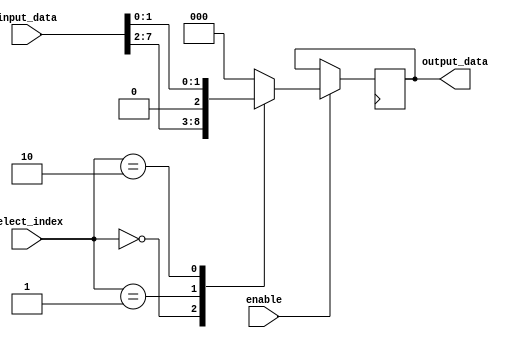
module part_select_assign(
    input [7:0] input_data,
    input [2:0] select_index,
    input enable,
    output reg [2:0] output_data
);

always @(posedge clk) begin
    if(enable) begin
        case(select_index)
            3'b000: output_data <= input_data[7:5];
            3'b001: output_data <= input_data[4:2];
            3'b010: output_data <= input_data[1:0];
            default: output_data <= 3'b000;
        endcase
    end
end

endmodule